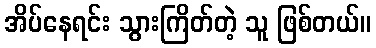
အိပ်နေရင်း သွားကြိတ်တဲ့ သူ ဖြစ်တယ်။